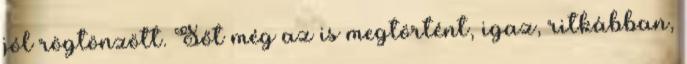
jól rögtönzött. Sőt még az is megtörtént, igaz, ritkábban,